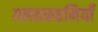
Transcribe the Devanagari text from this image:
ग़लतफ़हमियाँ